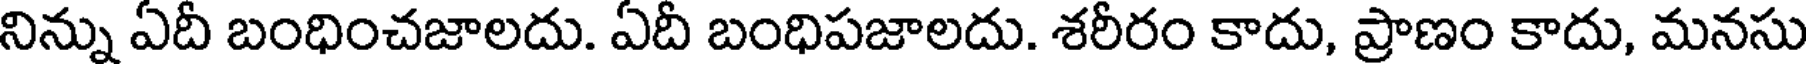
నిన్ను ఏదీ బంధించజాలదు. ఏదీ బంధిపజాలదు. శరీరం కాదు, ప్రాణం కాదు, మనసు